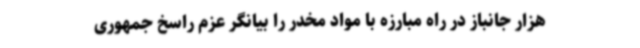
هزار جانباز در راه مبارزه با مواد مخدر را بیانگر عزم راسخ جمهوری